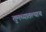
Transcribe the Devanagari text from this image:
तुमच्यातल्याच